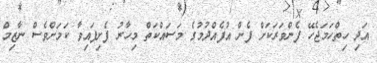
އަދި ހިތްހަމަޖެހޭ ފެންވަރަކަށް ފެން އުފެއްދުމުގެ މަސައްކަތް މިހާރު ފެށިފައިވާ ކަމަށްވެސް ނާޒިމް